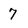
Character: 7